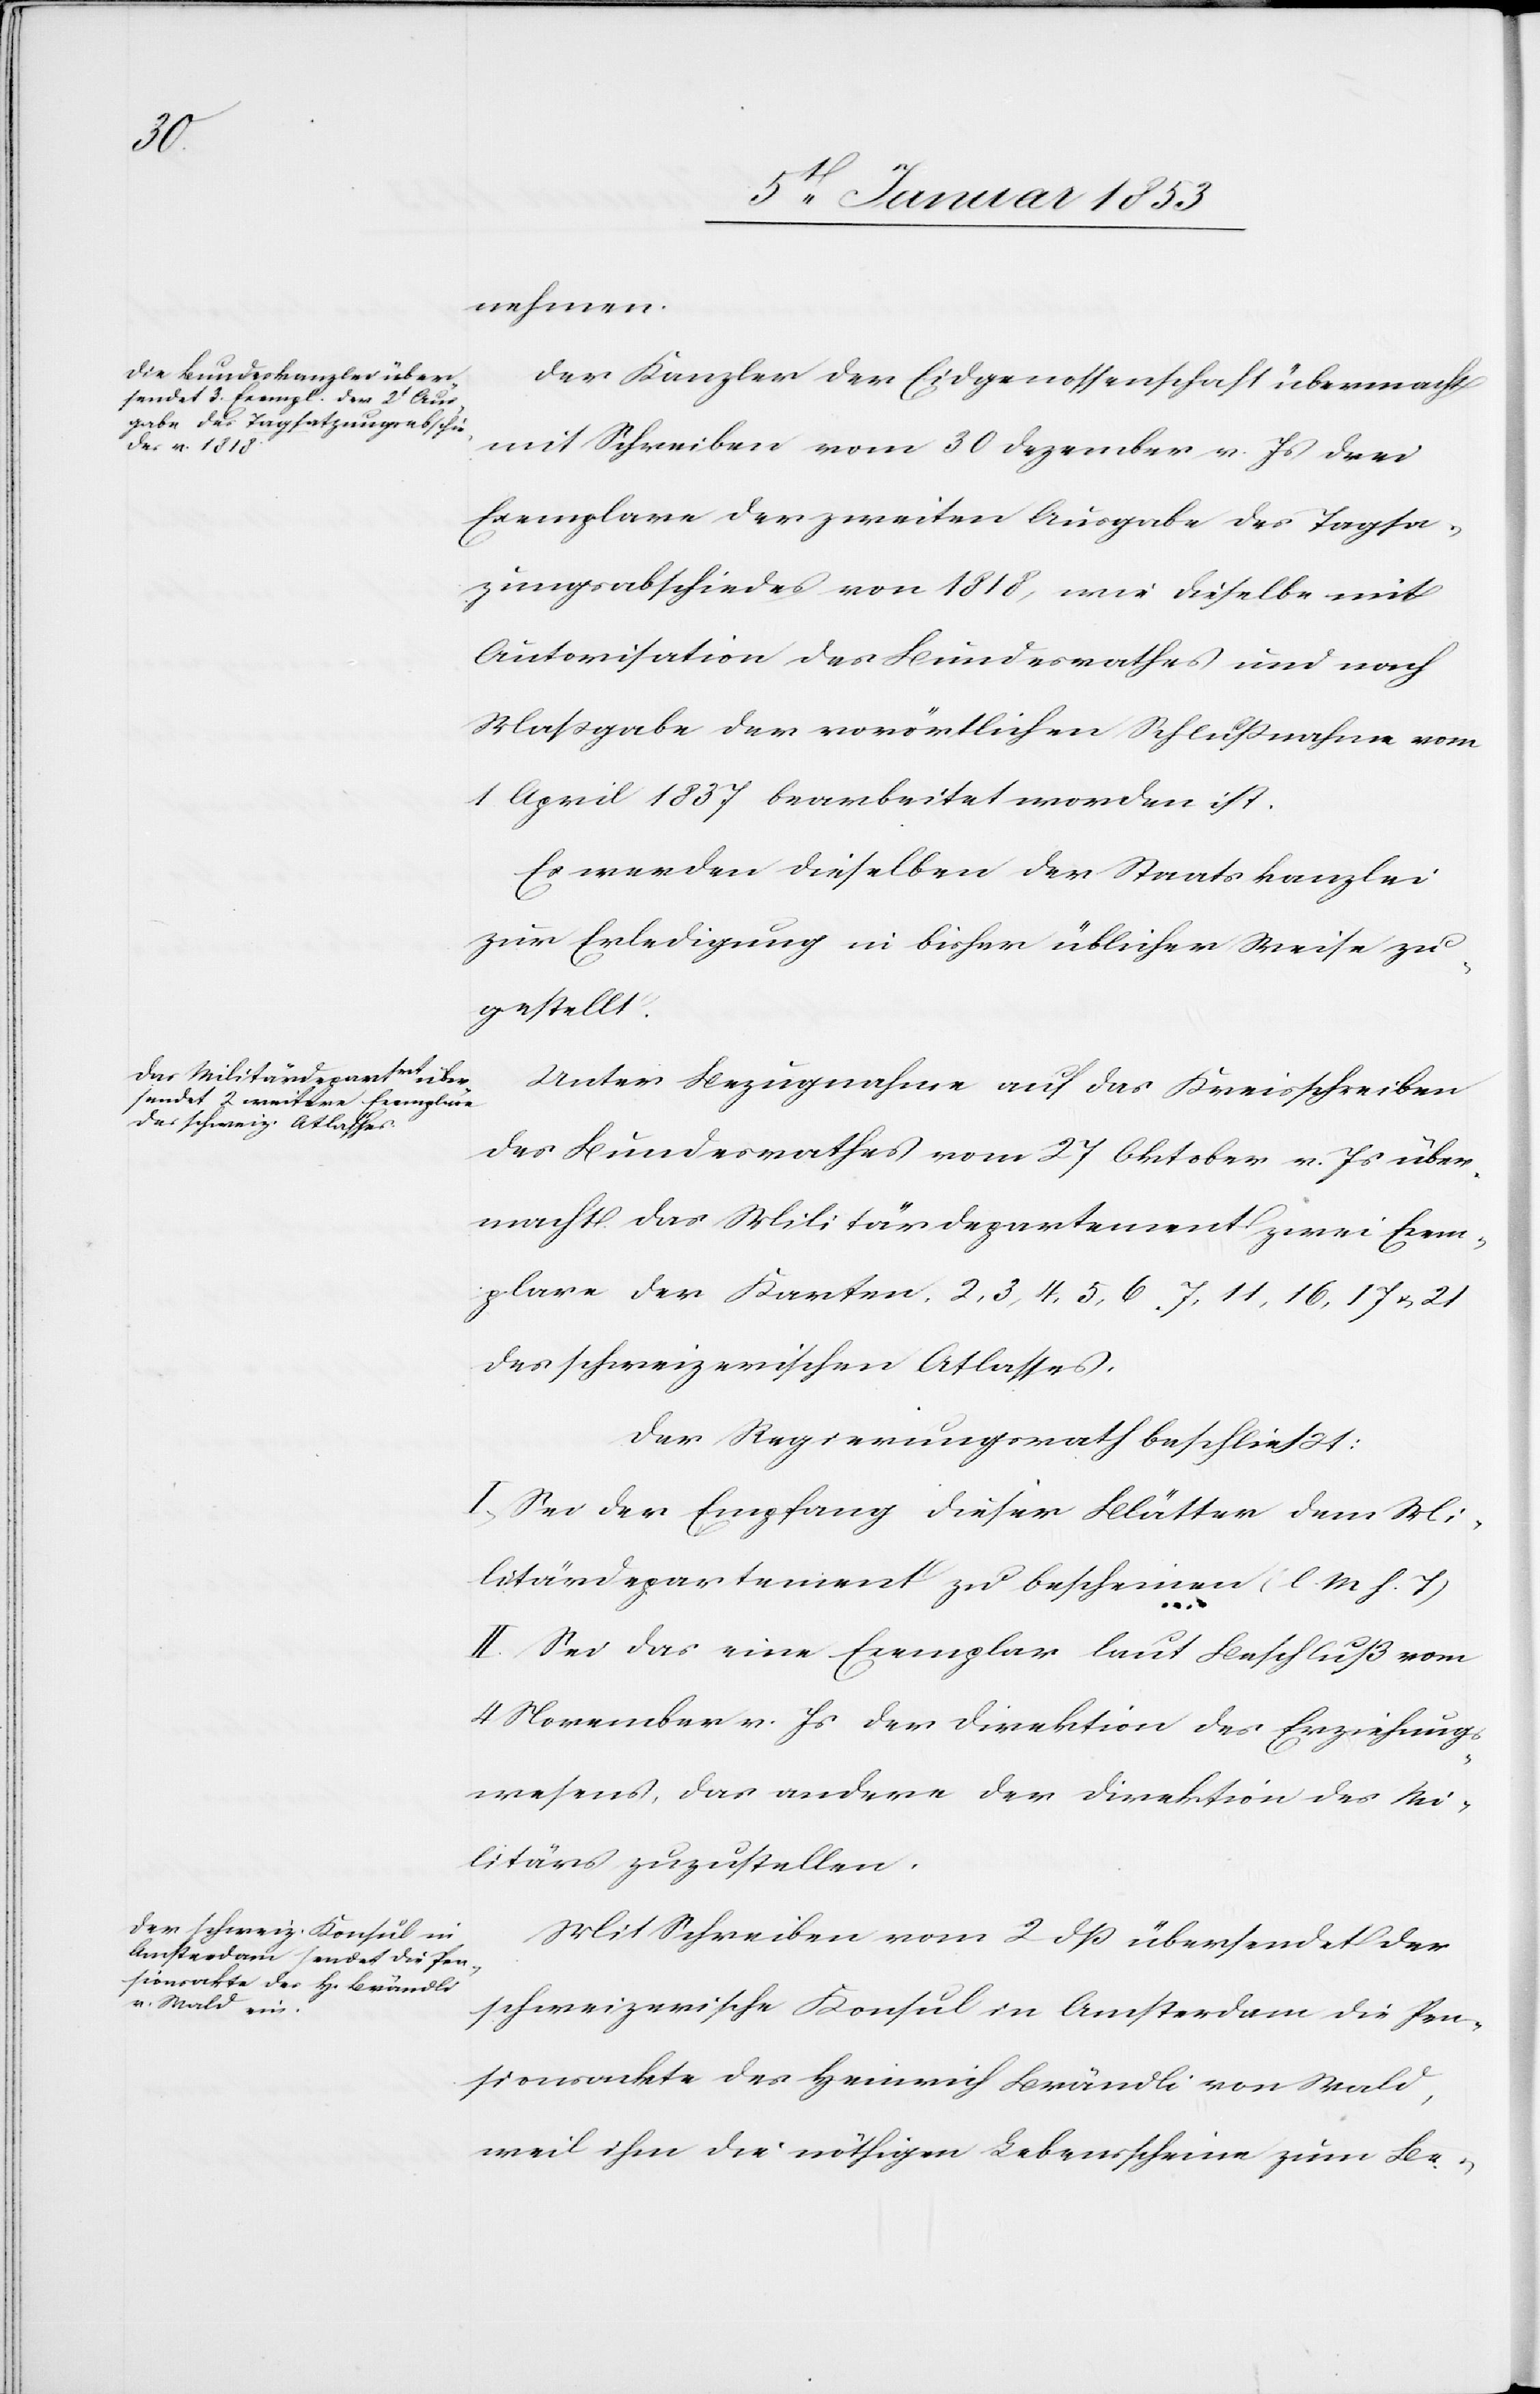
Der Kanzler der Eidgenossenschaft übermacht
mit Schreiben vom 30 Dezember v. Js. drei
Exemplare der zweiten Ausgabe des Tagsat¬
zungsabschiedes von 1818, wie dieselbe mit
Autorisation des Bundesrathes und nach
Massgabe der vorörtlichen Schlussnahme vom
1 April 1837 bearbeitet worden ist.
Es werden dieselben der Staatskanzlei
zur Erledigung in bisher üblicher Weise zu¬
gestellt.
Unter Bezugnahme auf das Kreisschreiben
des Bundesrathes vom 27 Oktober v. Js. über¬
macht das Militärdepartement zwei Exem¬
plare der Karten 2, 3, 4, 5, 6, 7, 11, 16, 17 u. 21
des schweizerischen Atlasses.
Der Regierungsrath beschliesst:
I. Sei der Empfang dieser Blätter dem Mi¬
litärdepartement zu bescheinen [l. M. h. T]
II. Sei das eine Exemplar laut Beschluß vom
4 November v. Js. der Direktion des Erziehungs¬
wesens, das andere der Direktion des Mi¬
litärs zuzustellen.
Mit Schreiben vom 2. dß übersendet der
schweizerische Konsul in Amsterdam die Pen¬
sionsakte des Heinrich Brändli von Wald,
weil ihm die nöthigen Lebensscheine zum Be-